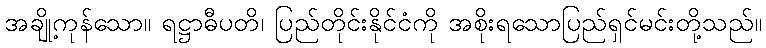
အချို့ကုန်သော။ ရဋ္ဌာဓီပတိ၊ ပြည်တိုင်းနိုင်ငံကို အစိုးရသောပြည်ရှင်မင်းတို့သည်။